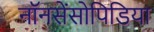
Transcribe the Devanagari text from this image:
नॉनसेंसोपिडिया